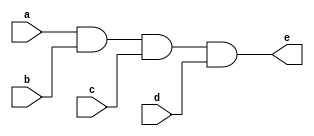
`timescale 1ns / 1ps

module four_input_and_gate_a(
    input a,b,c,d, output e
    );
    assign e = a & b & c & d;
endmodule